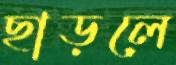
ছাড়লে